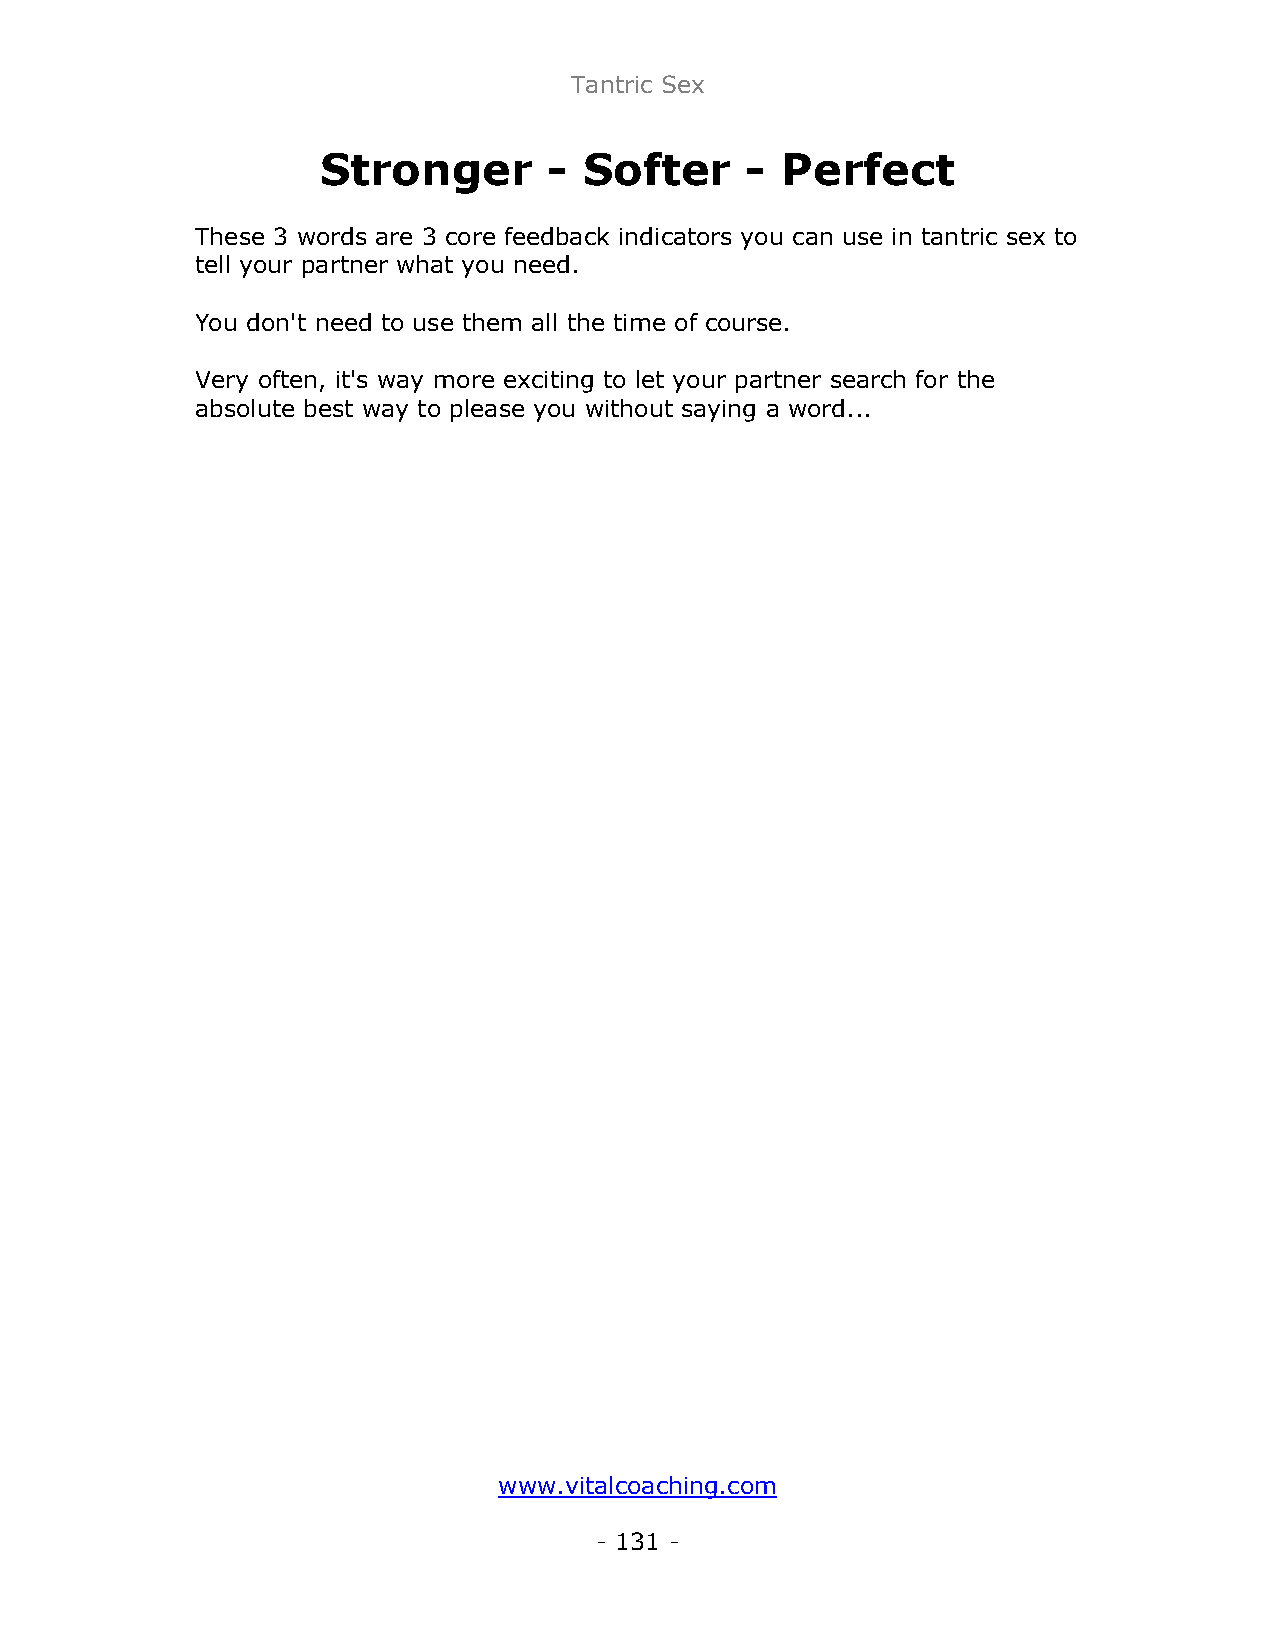
Tantric Sex
 Stronger       -  Softer    -  Perfect
 These 3 words are 3 core feedback indicators you can use in tantric sex to
 tell your partner what you need.
 You don't need to use them all the time of course.
 Very often, it's way more exciting to let your partner search for the
 absolute best way to please you without saying a word...
 www.vitalcoaching.com
 - 131 -